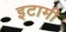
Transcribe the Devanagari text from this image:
इटामी